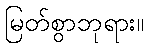
မြတ်စွာဘုရား။